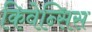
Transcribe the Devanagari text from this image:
किवेन्सिस